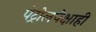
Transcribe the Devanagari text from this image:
पेट्रोलपेक्षाही